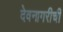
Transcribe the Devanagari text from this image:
देवनागरीची